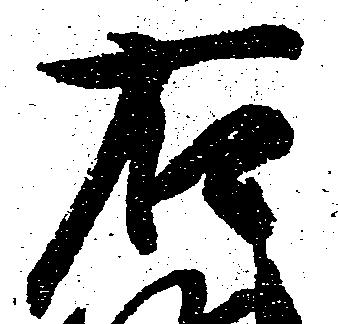
右